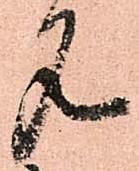
見